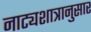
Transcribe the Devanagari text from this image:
नाट्यशात्रानुसार